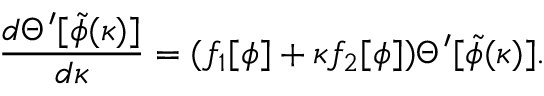
{ \frac { d \Theta ^ { \prime } [ \tilde { \phi } ( \kappa ) ] } { d \kappa } } = ( f _ { 1 } [ \phi ] + \kappa f _ { 2 } [ \phi ] ) \Theta ^ { \prime } [ \tilde { \phi } ( \kappa ) ] .